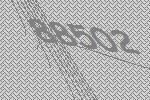
88502